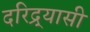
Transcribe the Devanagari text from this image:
दरिद्र्यासी